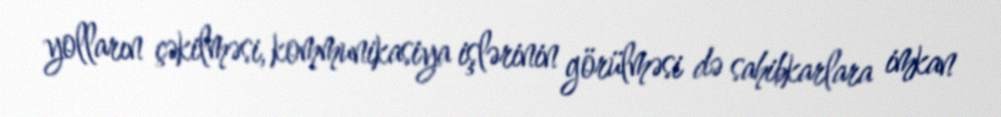
yolların çəkilməsi, kommunikasiya işlərinin görülməsi də sahibkarlara imkan